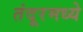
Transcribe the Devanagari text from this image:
तंदूरमध्ये